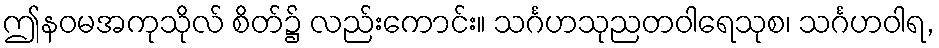
ဤနဝမအကုသိုလ် စိတ်၌ လည်းကောင်း။ သင်္ဂဟသုညတဝါရေသုစ၊ သင်္ဂဟဝါရ,